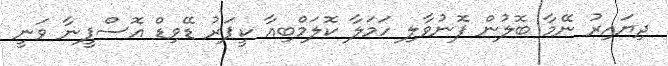
ދިޔައިރު ނޭމާ ބޮލުން ފޮނުވާލި ހަމަލާ ކޮލަމްބިއާ ކީޕަރު ޑޭވިޑް އޮސްޕީނާ ވަނީ